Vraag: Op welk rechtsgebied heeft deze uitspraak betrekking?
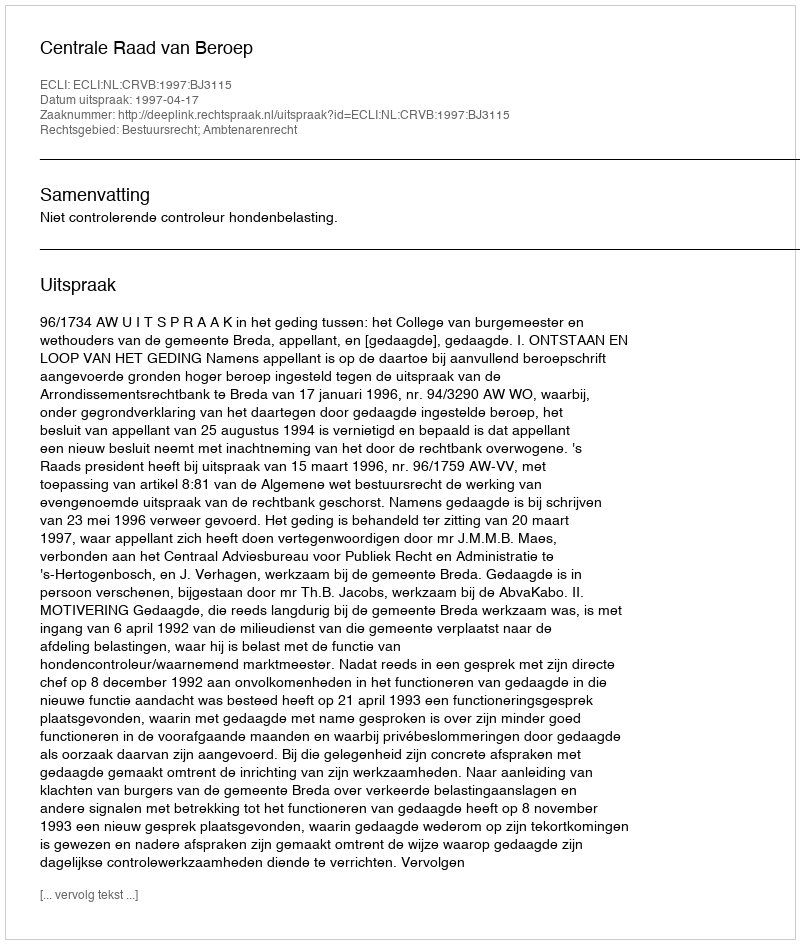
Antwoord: Bestuursrecht; Ambtenarenrecht